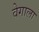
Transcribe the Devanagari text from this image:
वेगाला